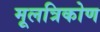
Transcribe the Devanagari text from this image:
मूलत्रिकोण